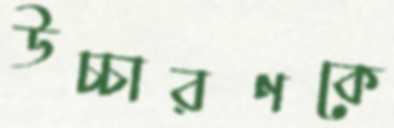
উচ্চারণকে